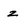
Character: z